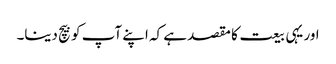
اور یہی بیعت کا مقصد ہے کہ اپنے آپ کو بیچ دینا۔